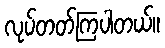
လုပ်တတ်ကြပါတယ်။